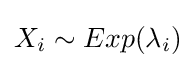
X_{i}\sim Exp(\lambda _{i})